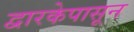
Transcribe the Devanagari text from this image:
द्वारकेपासून